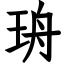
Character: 珘